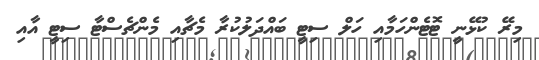
މިރޭ ކުޅޭނީ ޓޮޓެންހަމާއި ހަލް ސިޓީ ބައްދަލުކުރާ މެޗާއި މެންޗެސްޓާ ސިޓީ އާއި